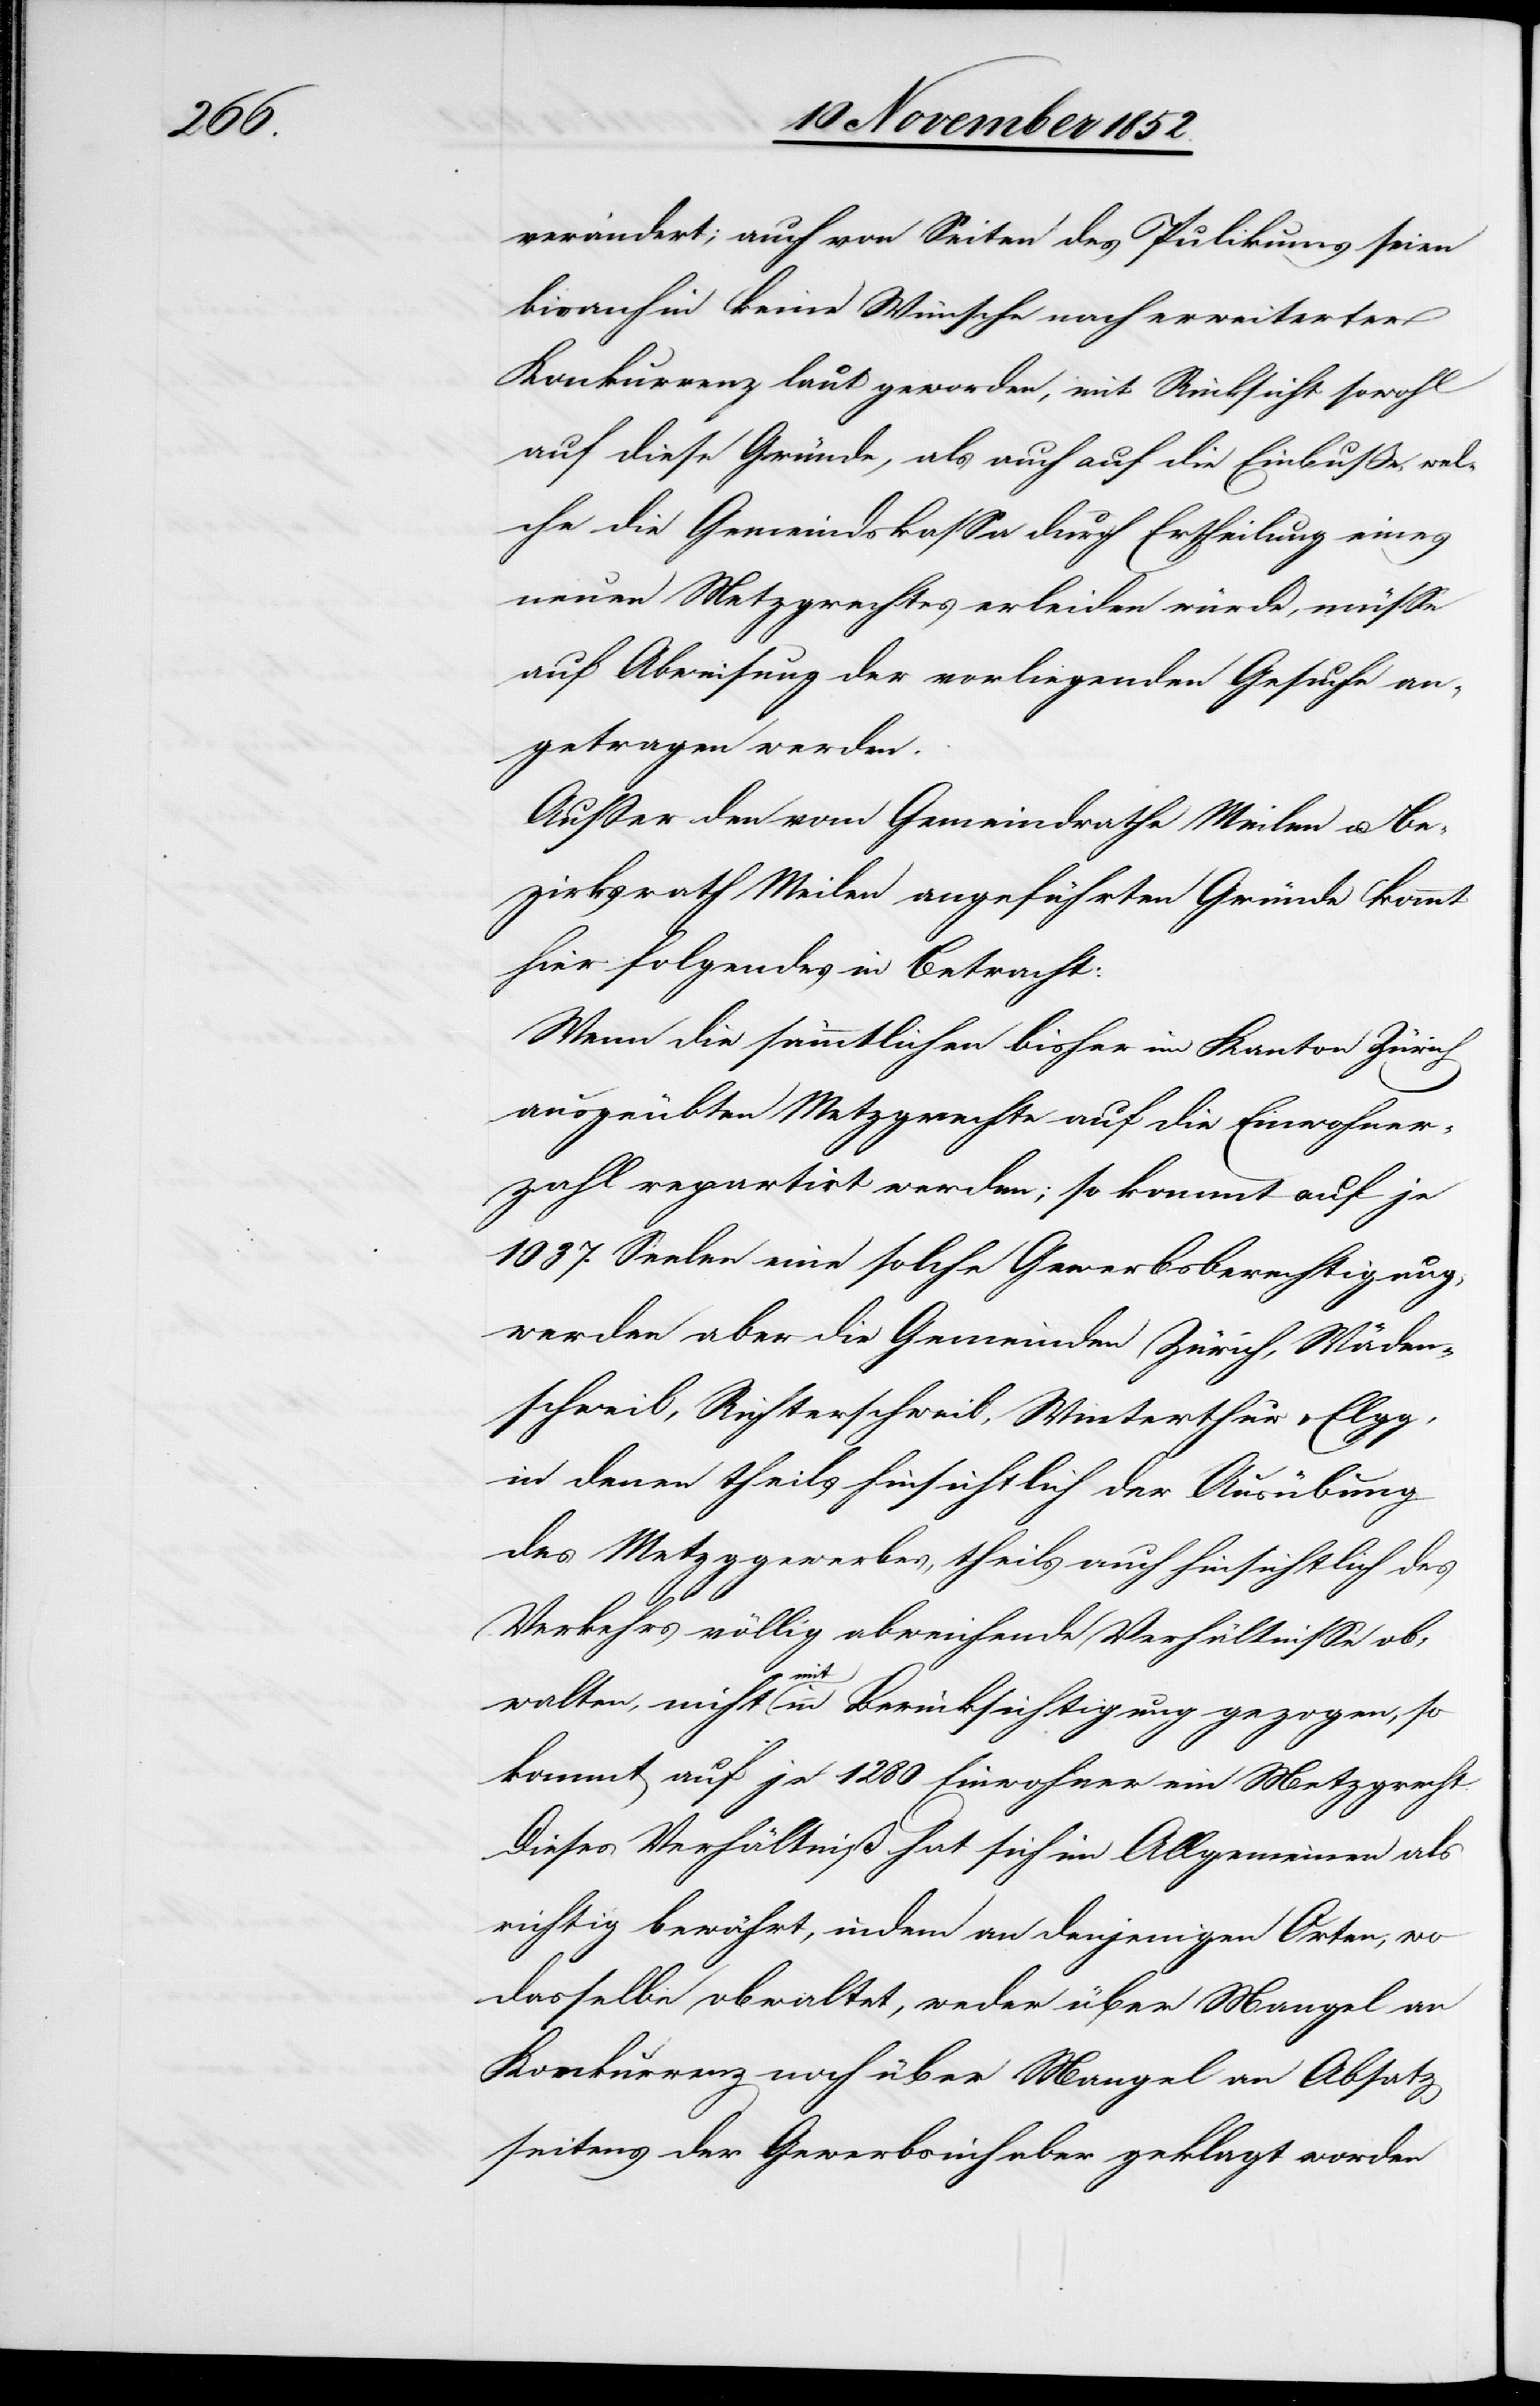
verändert; auch von Seiten des Pu[b]likums seien
bisanhin keine Wünsche nach erweiterter
Konkurrenz laut geworden, mit Rücksicht sowohl
auf diese Gründe, als auch auf die Einbuße, wel¬
che die Gemeindskassa durch Ertheilung eines
neuen Metzgrechtes erleiden würde, müsse
auf Abweisung der vorliegenden Gesuche an¬
getragen werden.
Ausser den vom Gemeindrathe Meilen u. Be¬
zirksrath Meilen angeführten Gründe kommt
hier folgendes in Betracht:
Wenn die sämmtlichen bisher im Kanton Zürich
ausgeübten Metzgrechte auf die Einwohner¬
zahl repartirt werden; so kommt auf je
1037. Seelen eine solche Gewerbsberechtigung,
werden aber die Gemeinden Zürich, Wäden¬
schweil, Richterschweil, Winterthur & Elgg,
in denen theils hinsichtlich der Ausübung
des Metzggewerbes, theils auch hinsichtlich des
Verkehrs völlig abweichende Verhältnisse ob¬
walten, nicht mit in Berücksichtigung gezogen, so
kommt auf je 1280 Einwohner ein Metzgrecht.
Dieses Verhältniß hat sich im Allgemeinen als
richtig bewährt, indem an denjenigen Orten, wo
dasselbe obwaltet, weder über Mangel an
Konkurrenz noch über Mangel an Absatz
seitens der Gewerbsinhaber geklagt worden